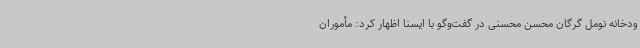
ودخانه نومل گرگان محسن محسنی در گفت‌وگو با ایسنا اظهار کرد: مأموران